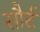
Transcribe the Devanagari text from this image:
सौर्ट